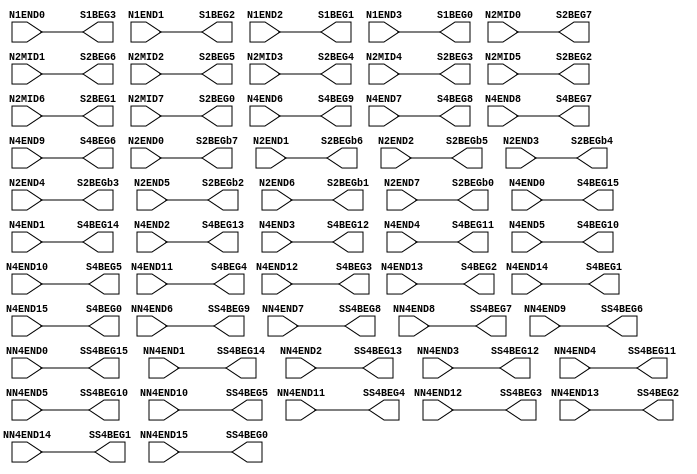
//NumberOfConfigBits:0
module N_term_single2_switch_matrix (N1END0, N1END1, N1END2, N1END3, N2MID0, N2MID1, N2MID2, N2MID3, N2MID4, N2MID5, N2MID6, N2MID7, N2END0, N2END1, N2END2, N2END3, N2END4, N2END5, N2END6, N2END7, N4END0, N4END1, N4END2, N4END3, N4END4, N4END5, N4END6, N4END7, N4END8, N4END9, N4END10, N4END11, N4END12, N4END13, N4END14, N4END15, NN4END0, NN4END1, NN4END2, NN4END3, NN4END4, NN4END5, NN4END6, NN4END7, NN4END8, NN4END9, NN4END10, NN4END11, NN4END12, NN4END13, NN4END14, NN4END15, S1BEG0, S1BEG1, S1BEG2, S1BEG3, S2BEG0, S2BEG1, S2BEG2, S2BEG3, S2BEG4, S2BEG5, S2BEG6, S2BEG7, S2BEGb0, S2BEGb1, S2BEGb2, S2BEGb3, S2BEGb4, S2BEGb5, S2BEGb6, S2BEGb7, S4BEG0, S4BEG1, S4BEG2, S4BEG3, S4BEG4, S4BEG5, S4BEG6, S4BEG7, S4BEG8, S4BEG9, S4BEG10, S4BEG11, S4BEG12, S4BEG13, S4BEG14, S4BEG15, SS4BEG0, SS4BEG1, SS4BEG2, SS4BEG3, SS4BEG4, SS4BEG5, SS4BEG6, SS4BEG7, SS4BEG8, SS4BEG9, SS4BEG10, SS4BEG11, SS4BEG12, SS4BEG13, SS4BEG14, SS4BEG15);
	parameter NoConfigBits = 0;
	 // switch matrix inputs
	input N1END0;
	input N1END1;
	input N1END2;
	input N1END3;
	input N2MID0;
	input N2MID1;
	input N2MID2;
	input N2MID3;
	input N2MID4;
	input N2MID5;
	input N2MID6;
	input N2MID7;
	input N2END0;
	input N2END1;
	input N2END2;
	input N2END3;
	input N2END4;
	input N2END5;
	input N2END6;
	input N2END7;
	input N4END0;
	input N4END1;
	input N4END2;
	input N4END3;
	input N4END4;
	input N4END5;
	input N4END6;
	input N4END7;
	input N4END8;
	input N4END9;
	input N4END10;
	input N4END11;
	input N4END12;
	input N4END13;
	input N4END14;
	input N4END15;
	input NN4END0;
	input NN4END1;
	input NN4END2;
	input NN4END3;
	input NN4END4;
	input NN4END5;
	input NN4END6;
	input NN4END7;
	input NN4END8;
	input NN4END9;
	input NN4END10;
	input NN4END11;
	input NN4END12;
	input NN4END13;
	input NN4END14;
	input NN4END15;
	output S1BEG0;
	output S1BEG1;
	output S1BEG2;
	output S1BEG3;
	output S2BEG0;
	output S2BEG1;
	output S2BEG2;
	output S2BEG3;
	output S2BEG4;
	output S2BEG5;
	output S2BEG6;
	output S2BEG7;
	output S2BEGb0;
	output S2BEGb1;
	output S2BEGb2;
	output S2BEGb3;
	output S2BEGb4;
	output S2BEGb5;
	output S2BEGb6;
	output S2BEGb7;
	output S4BEG0;
	output S4BEG1;
	output S4BEG2;
	output S4BEG3;
	output S4BEG4;
	output S4BEG5;
	output S4BEG6;
	output S4BEG7;
	output S4BEG8;
	output S4BEG9;
	output S4BEG10;
	output S4BEG11;
	output S4BEG12;
	output S4BEG13;
	output S4BEG14;
	output S4BEG15;
	output SS4BEG0;
	output SS4BEG1;
	output SS4BEG2;
	output SS4BEG3;
	output SS4BEG4;
	output SS4BEG5;
	output SS4BEG6;
	output SS4BEG7;
	output SS4BEG8;
	output SS4BEG9;
	output SS4BEG10;
	output SS4BEG11;
	output SS4BEG12;
	output SS4BEG13;
	output SS4BEG14;
	output SS4BEG15;
	//global


	parameter GND0 = 1'b0;
	parameter GND = 1'b0;
	parameter VCC0 = 1'b1;
	parameter VCC = 1'b1;
	parameter VDD0 = 1'b1;
	parameter VDD = 1'b1;
	
	wire [1-1:0] S1BEG0_input;
	wire [1-1:0] S1BEG1_input;
	wire [1-1:0] S1BEG2_input;
	wire [1-1:0] S1BEG3_input;
	wire [1-1:0] S2BEG0_input;
	wire [1-1:0] S2BEG1_input;
	wire [1-1:0] S2BEG2_input;
	wire [1-1:0] S2BEG3_input;
	wire [1-1:0] S2BEG4_input;
	wire [1-1:0] S2BEG5_input;
	wire [1-1:0] S2BEG6_input;
	wire [1-1:0] S2BEG7_input;
	wire [1-1:0] S2BEGb0_input;
	wire [1-1:0] S2BEGb1_input;
	wire [1-1:0] S2BEGb2_input;
	wire [1-1:0] S2BEGb3_input;
	wire [1-1:0] S2BEGb4_input;
	wire [1-1:0] S2BEGb5_input;
	wire [1-1:0] S2BEGb6_input;
	wire [1-1:0] S2BEGb7_input;
	wire [1-1:0] S4BEG0_input;
	wire [1-1:0] S4BEG1_input;
	wire [1-1:0] S4BEG2_input;
	wire [1-1:0] S4BEG3_input;
	wire [1-1:0] S4BEG4_input;
	wire [1-1:0] S4BEG5_input;
	wire [1-1:0] S4BEG6_input;
	wire [1-1:0] S4BEG7_input;
	wire [1-1:0] S4BEG8_input;
	wire [1-1:0] S4BEG9_input;
	wire [1-1:0] S4BEG10_input;
	wire [1-1:0] S4BEG11_input;
	wire [1-1:0] S4BEG12_input;
	wire [1-1:0] S4BEG13_input;
	wire [1-1:0] S4BEG14_input;
	wire [1-1:0] S4BEG15_input;
	wire [1-1:0] SS4BEG0_input;
	wire [1-1:0] SS4BEG1_input;
	wire [1-1:0] SS4BEG2_input;
	wire [1-1:0] SS4BEG3_input;
	wire [1-1:0] SS4BEG4_input;
	wire [1-1:0] SS4BEG5_input;
	wire [1-1:0] SS4BEG6_input;
	wire [1-1:0] SS4BEG7_input;
	wire [1-1:0] SS4BEG8_input;
	wire [1-1:0] SS4BEG9_input;
	wire [1-1:0] SS4BEG10_input;
	wire [1-1:0] SS4BEG11_input;
	wire [1-1:0] SS4BEG12_input;
	wire [1-1:0] SS4BEG13_input;
	wire [1-1:0] SS4BEG14_input;
	wire [1-1:0] SS4BEG15_input;


// The configuration bits (if any) are just a long shift register

// This shift register is padded to an even number of flops/latches
// switch matrix multiplexer  S1BEG0 		MUX-1
	assign S1BEG0 = N1END3;
// switch matrix multiplexer  S1BEG1 		MUX-1
	assign S1BEG1 = N1END2;
// switch matrix multiplexer  S1BEG2 		MUX-1
	assign S1BEG2 = N1END1;
// switch matrix multiplexer  S1BEG3 		MUX-1
	assign S1BEG3 = N1END0;
// switch matrix multiplexer  S2BEG0 		MUX-1
	assign S2BEG0 = N2MID7;
// switch matrix multiplexer  S2BEG1 		MUX-1
	assign S2BEG1 = N2MID6;
// switch matrix multiplexer  S2BEG2 		MUX-1
	assign S2BEG2 = N2MID5;
// switch matrix multiplexer  S2BEG3 		MUX-1
	assign S2BEG3 = N2MID4;
// switch matrix multiplexer  S2BEG4 		MUX-1
	assign S2BEG4 = N2MID3;
// switch matrix multiplexer  S2BEG5 		MUX-1
	assign S2BEG5 = N2MID2;
// switch matrix multiplexer  S2BEG6 		MUX-1
	assign S2BEG6 = N2MID1;
// switch matrix multiplexer  S2BEG7 		MUX-1
	assign S2BEG7 = N2MID0;
// switch matrix multiplexer  S2BEGb0 		MUX-1
	assign S2BEGb0 = N2END7;
// switch matrix multiplexer  S2BEGb1 		MUX-1
	assign S2BEGb1 = N2END6;
// switch matrix multiplexer  S2BEGb2 		MUX-1
	assign S2BEGb2 = N2END5;
// switch matrix multiplexer  S2BEGb3 		MUX-1
	assign S2BEGb3 = N2END4;
// switch matrix multiplexer  S2BEGb4 		MUX-1
	assign S2BEGb4 = N2END3;
// switch matrix multiplexer  S2BEGb5 		MUX-1
	assign S2BEGb5 = N2END2;
// switch matrix multiplexer  S2BEGb6 		MUX-1
	assign S2BEGb6 = N2END1;
// switch matrix multiplexer  S2BEGb7 		MUX-1
	assign S2BEGb7 = N2END0;
// switch matrix multiplexer  S4BEG0 		MUX-1
	assign S4BEG0 = N4END15;
// switch matrix multiplexer  S4BEG1 		MUX-1
	assign S4BEG1 = N4END14;
// switch matrix multiplexer  S4BEG2 		MUX-1
	assign S4BEG2 = N4END13;
// switch matrix multiplexer  S4BEG3 		MUX-1
	assign S4BEG3 = N4END12;
// switch matrix multiplexer  S4BEG4 		MUX-1
	assign S4BEG4 = N4END11;
// switch matrix multiplexer  S4BEG5 		MUX-1
	assign S4BEG5 = N4END10;
// switch matrix multiplexer  S4BEG6 		MUX-1
	assign S4BEG6 = N4END9;
// switch matrix multiplexer  S4BEG7 		MUX-1
	assign S4BEG7 = N4END8;
// switch matrix multiplexer  S4BEG8 		MUX-1
	assign S4BEG8 = N4END7;
// switch matrix multiplexer  S4BEG9 		MUX-1
	assign S4BEG9 = N4END6;
// switch matrix multiplexer  S4BEG10 		MUX-1
	assign S4BEG10 = N4END5;
// switch matrix multiplexer  S4BEG11 		MUX-1
	assign S4BEG11 = N4END4;
// switch matrix multiplexer  S4BEG12 		MUX-1
	assign S4BEG12 = N4END3;
// switch matrix multiplexer  S4BEG13 		MUX-1
	assign S4BEG13 = N4END2;
// switch matrix multiplexer  S4BEG14 		MUX-1
	assign S4BEG14 = N4END1;
// switch matrix multiplexer  S4BEG15 		MUX-1
	assign S4BEG15 = N4END0;
// switch matrix multiplexer  SS4BEG0 		MUX-1
	assign SS4BEG0 = NN4END15;
// switch matrix multiplexer  SS4BEG1 		MUX-1
	assign SS4BEG1 = NN4END14;
// switch matrix multiplexer  SS4BEG2 		MUX-1
	assign SS4BEG2 = NN4END13;
// switch matrix multiplexer  SS4BEG3 		MUX-1
	assign SS4BEG3 = NN4END12;
// switch matrix multiplexer  SS4BEG4 		MUX-1
	assign SS4BEG4 = NN4END11;
// switch matrix multiplexer  SS4BEG5 		MUX-1
	assign SS4BEG5 = NN4END10;
// switch matrix multiplexer  SS4BEG6 		MUX-1
	assign SS4BEG6 = NN4END9;
// switch matrix multiplexer  SS4BEG7 		MUX-1
	assign SS4BEG7 = NN4END8;
// switch matrix multiplexer  SS4BEG8 		MUX-1
	assign SS4BEG8 = NN4END7;
// switch matrix multiplexer  SS4BEG9 		MUX-1
	assign SS4BEG9 = NN4END6;
// switch matrix multiplexer  SS4BEG10 		MUX-1
	assign SS4BEG10 = NN4END5;
// switch matrix multiplexer  SS4BEG11 		MUX-1
	assign SS4BEG11 = NN4END4;
// switch matrix multiplexer  SS4BEG12 		MUX-1
	assign SS4BEG12 = NN4END3;
// switch matrix multiplexer  SS4BEG13 		MUX-1
	assign SS4BEG13 = NN4END2;
// switch matrix multiplexer  SS4BEG14 		MUX-1
	assign SS4BEG14 = NN4END1;
// switch matrix multiplexer  SS4BEG15 		MUX-1
	assign SS4BEG15 = NN4END0;

endmodule